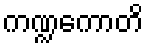
ကဏ္ဍကောတိ